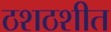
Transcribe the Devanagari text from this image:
ठशठशीत